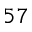
^ { 5 7 }